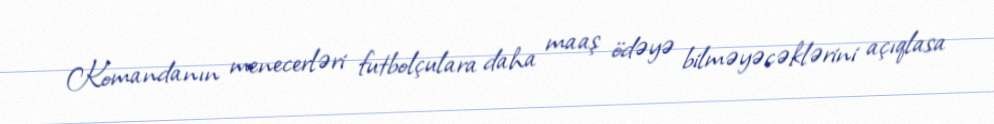
Komandanın menecerləri futbolçulara daha maaş ödəyə bilməyəcəklərini açıqlasa